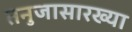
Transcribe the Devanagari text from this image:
तनुजासारख्या